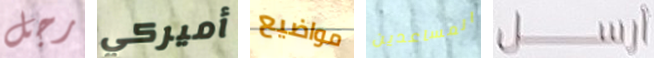
رجل أميركي مواضيع المساعدين ارسل